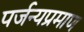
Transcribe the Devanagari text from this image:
पर्जन्यप्रमाण